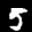
Label: 5